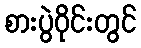
စားပွဲဝိုင်းတွင်